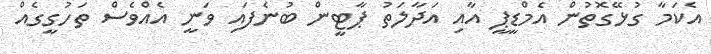
އެކަމާ ގުޅޭގޮތުން އެމްޑީޕީ އާއި އަދާލަތު ޕާޓީން ބުނެފައި ވަނީ އެއްވެސް ތަހުގީގެއް